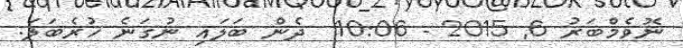
ނޮވެމްބަރު 6